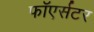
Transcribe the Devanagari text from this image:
फाॅएर्सटर